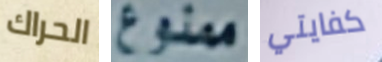
الحراك ممنوع كفايتي